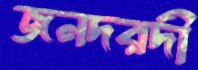
জনদরদী